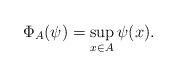
LaTeX: \begin{align*} \Phi_A(\psi)=\sup_{x\in A}\psi(x). \end{align*}